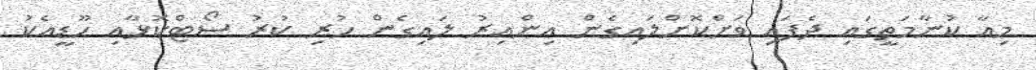
މިއާ ކުނާމަތީގައި ދެފައި ވަށްކޮށްލައިގެން އިންއިރު ލައިގެން ހުރި ކުރު ސޯޓްކޮޅާއި ހޫޑީއެކު